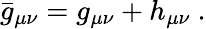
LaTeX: \bar{g}_{\mu\nu}=g_{\mu\nu}+h_{\mu\nu}\ .